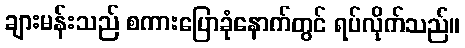
ချားမန်းသည် စကားပြောခုံနောက်တွင် ရပ်လိုက်သည်။